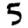
Digit: 5